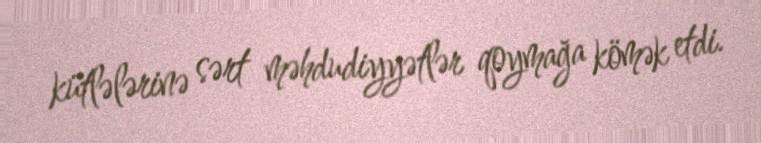
kütlələrinə sərt məhdudiyyətlər qoymağa kömək etdi.